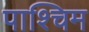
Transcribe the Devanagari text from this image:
पाश्चिम